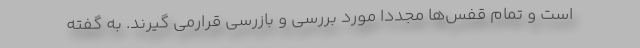
است و تمام قفس‌ها مجدداً مورد بررسی و بازرسی قرارمی گیرند. به گفته